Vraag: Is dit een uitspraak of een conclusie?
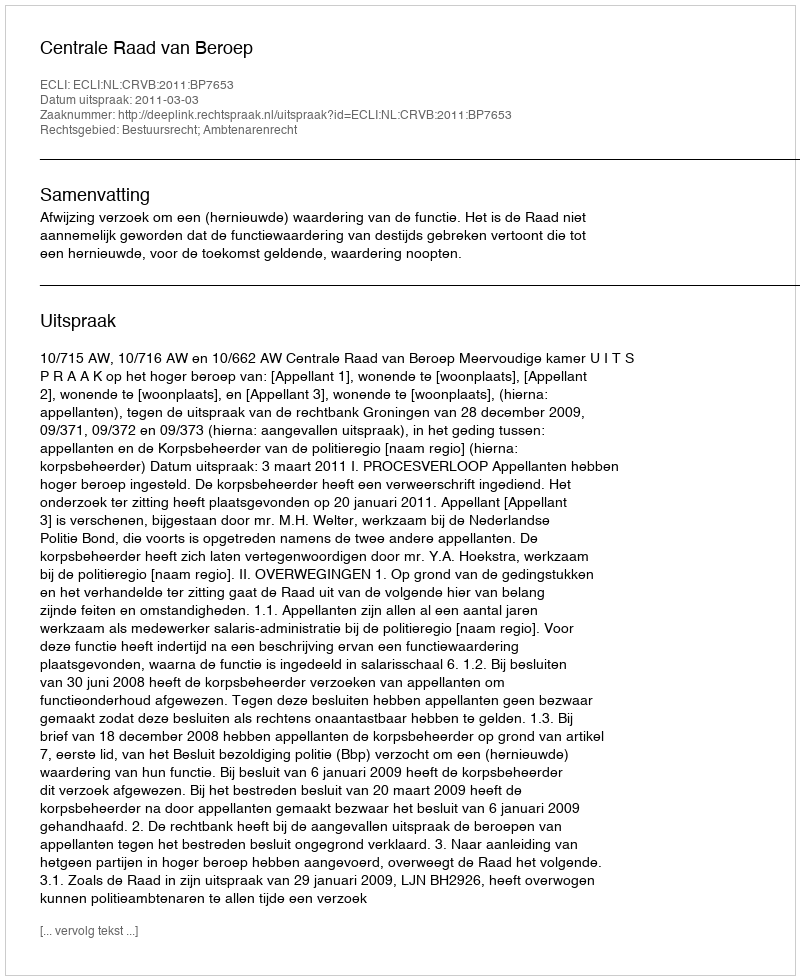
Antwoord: Uitspraak